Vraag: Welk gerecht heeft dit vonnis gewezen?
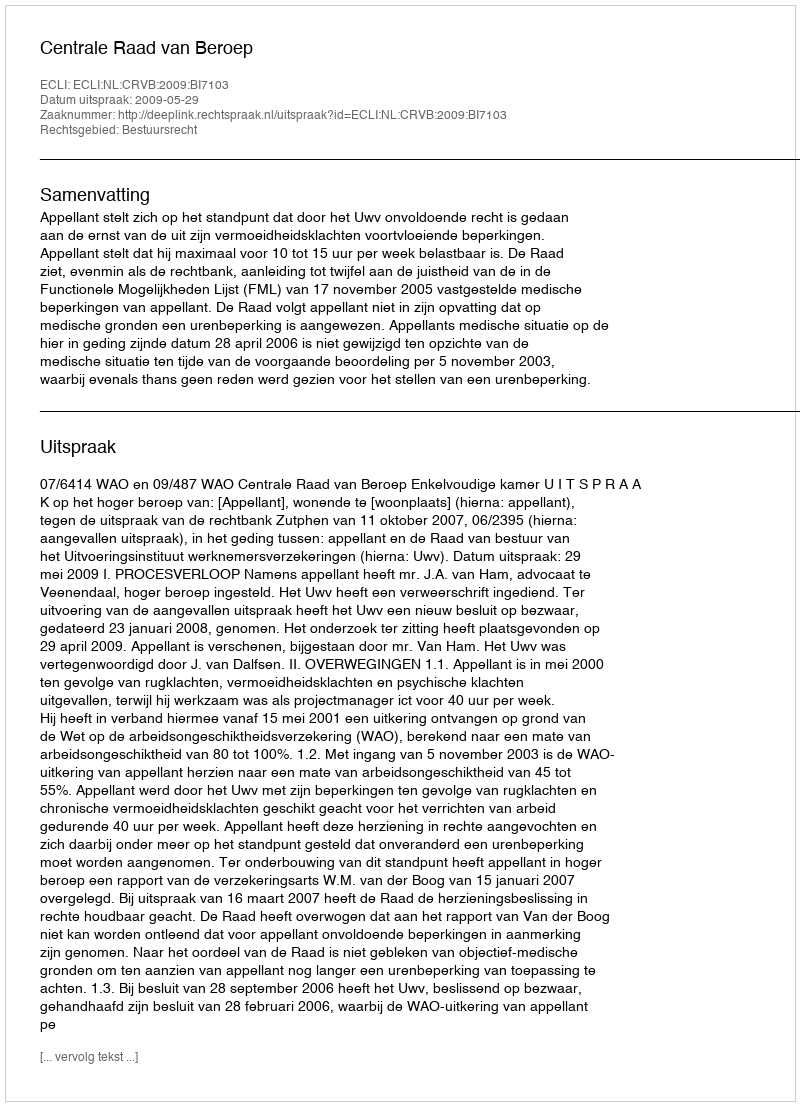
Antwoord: Centrale Raad van Beroep